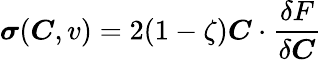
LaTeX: \boldsymbol{\sigma}(\boldsymbol{C},v)=2(1-\zeta)\boldsymbol{C}\cdot\frac{\delta F}{\delta\boldsymbol{C}}